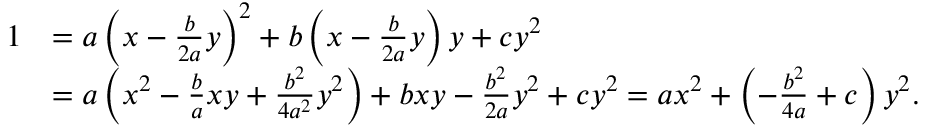
\begin{array} { r l } { 1 } & { = a \left( x - \frac { b } { 2 a } y \right) ^ { 2 } + b \left( x - \frac { b } { 2 a } y \right) y + c y ^ { 2 } } \\ & { = a \left( x ^ { 2 } - \frac { b } { a } x y + \frac { b ^ { 2 } } { 4 a ^ { 2 } } y ^ { 2 } \right) + b x y - \frac { b ^ { 2 } } { 2 a } y ^ { 2 } + c y ^ { 2 } = a x ^ { 2 } + \left( - \frac { b ^ { 2 } } { 4 a } + c \right) y ^ { 2 } . } \end{array}